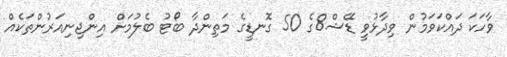
ވާހަކަ ދައްކަވަމުން ވިދާޅުވީ ޑޭޝް8ގެ 50 ގޮނޑީގެ މަތިންދާ ބޯޓު ބެލުމަށް އިންޖިނިއަރުންތަކެއް